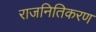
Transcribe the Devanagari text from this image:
राजनितिकरण